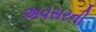
અવસરની